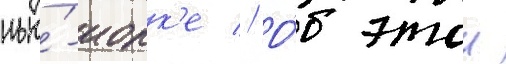
нью́-иорк'е // О́б этои